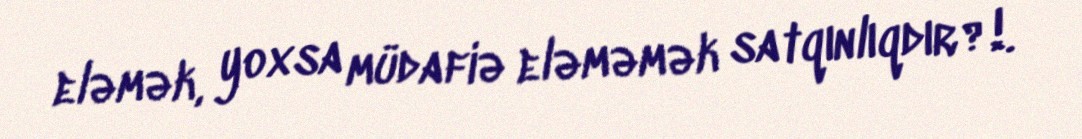
eləmək, yoxsa müdafiə eləməmək satqınlıqdır?!.